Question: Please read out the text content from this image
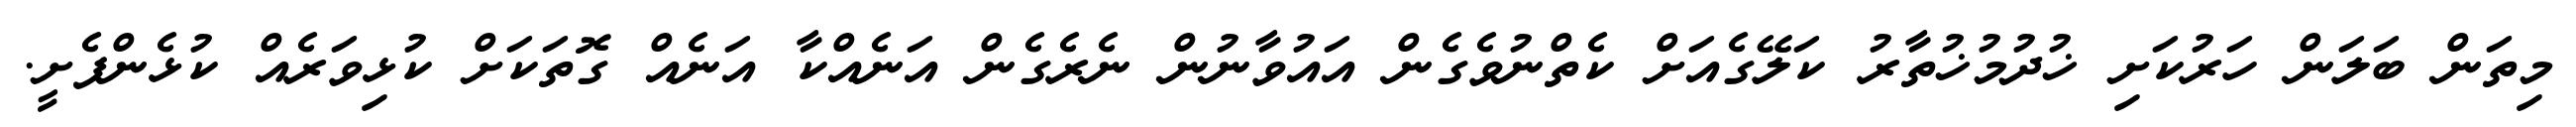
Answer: މިތަން ބަލަން ހަރުކަށި ޚުދުމުޚުތާރު ކަލޭގެއަށް ކެތްނުވެގެން އައުވާނުން ނެރެގެން އަނެއްކާ އަނެއް ގޮތަކަށް ކުޅިވަރެއް ކުޅެންފެށީ.